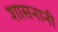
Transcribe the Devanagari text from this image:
शासनानी